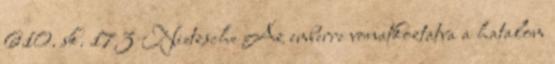
610. sk. 173 Nietzsche Az emberre vonatkoztatva a hatalom